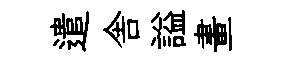
遣舎謚畫